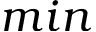
m i n